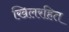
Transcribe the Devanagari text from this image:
खिलरहित